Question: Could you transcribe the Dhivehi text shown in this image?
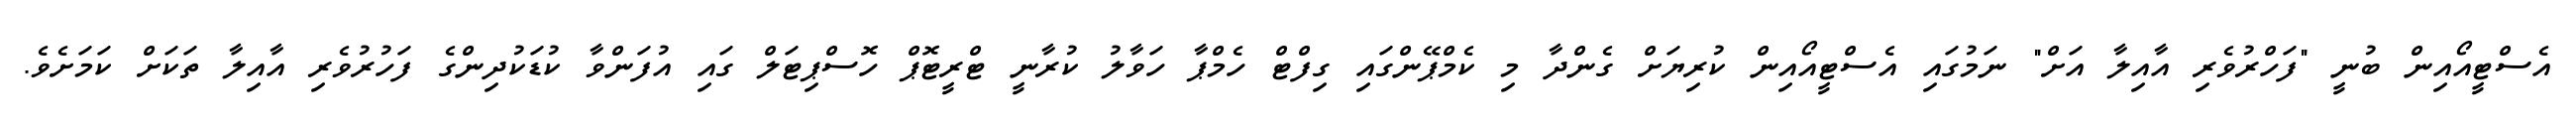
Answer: އެސްޓީއޯއިން ބުނީ "ފަހްރުވެރި އާއިލާ އަށް" ނަމުގައި އެސްޓީއޯއިން ކުރިޔަށް ގެންދާ މި ކެމްޕޭންގައި ގިފްޓް ހެމްޕާ ހަވާލު ކުރާނީ ޓްރީޓޮޕް ހޮސްޕިޓަލް ގައި އުފަންވާ ކުޑަކުދިންގެ ފަހުރުވެރި އާއިލާ ތަކަށް ކަމަށެވެ.